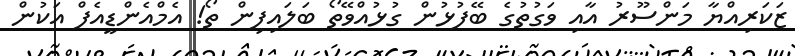
ޒަކަރިއްޔާ މަންސޫރު އާއި ވަގުތުގެ ބޭފުޅުން ގުޅުއްވޭތޯ ބަލައިފިން ތޯ! އެމްއެންޑީއެފް އަކުން